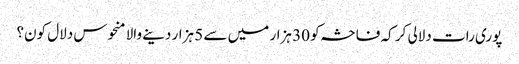
پوری رات دلالی کر کہ فاحشہ کو 30 ہزار میں سے 5 ہزار دینے والا منحوس دلال کون؟